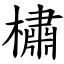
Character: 橚